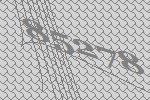
85278